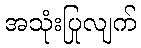
အသုံးပြုလျက်